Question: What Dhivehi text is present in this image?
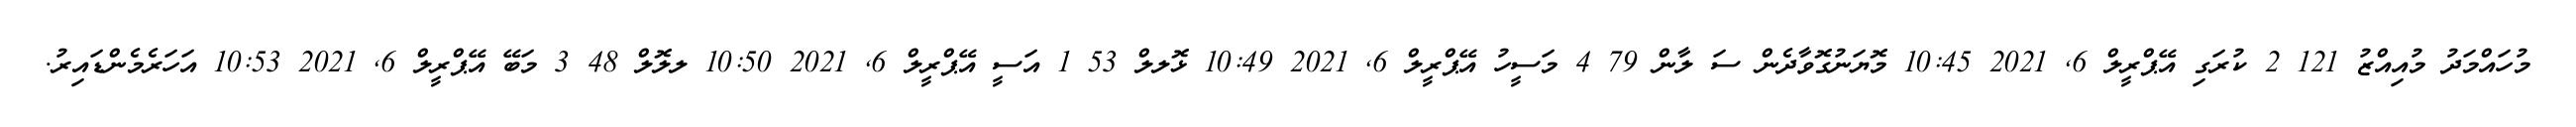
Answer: މުހައްމަދު މުއިއްޒު 121 2 ކުރަގި އޭޕްރީލް 6, 2021 10:45 މޮޔަނުގޮވާދެން ސަ ލާން 79 4 މަސީހު އޭޕްރީލް 6, 2021 10:49 ޅޮލލް 53 1 އަސީ އޭޕްރީލް 6, 2021 10:50 ލލޮލް 48 3 މަބޭ އޭޕްރީލް 6, 2021 10:53 އަހަރެމެންޑައިރު.